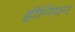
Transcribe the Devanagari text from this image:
हीनियन